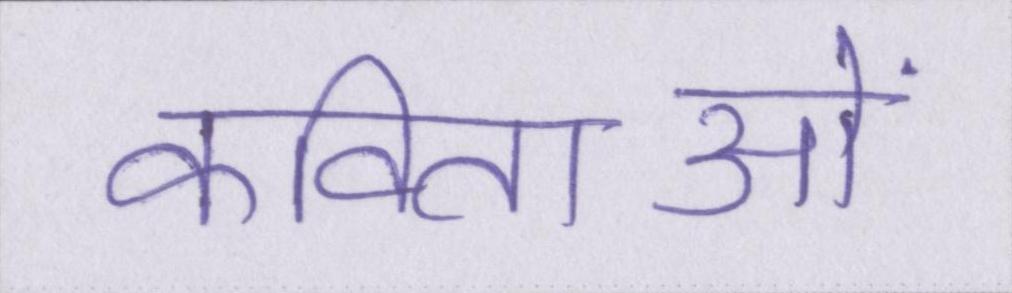
कविताओं